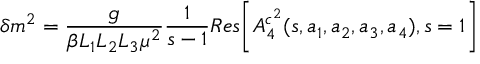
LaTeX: \delta m ^ { 2 } = \frac { g } { \beta L _ { 1 } L _ { 2 } L _ { 3 } \mu ^ { 2 } } \frac { 1 } { s - 1 } R e s \biggl [ A _ { 4 } ^ { c ^ { 2 } } ( s , a _ { 1 } , a _ { 2 } , a _ { 3 } , a _ { 4 } ) , s = 1 \biggr ]